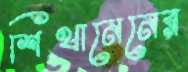
শিথানেনের